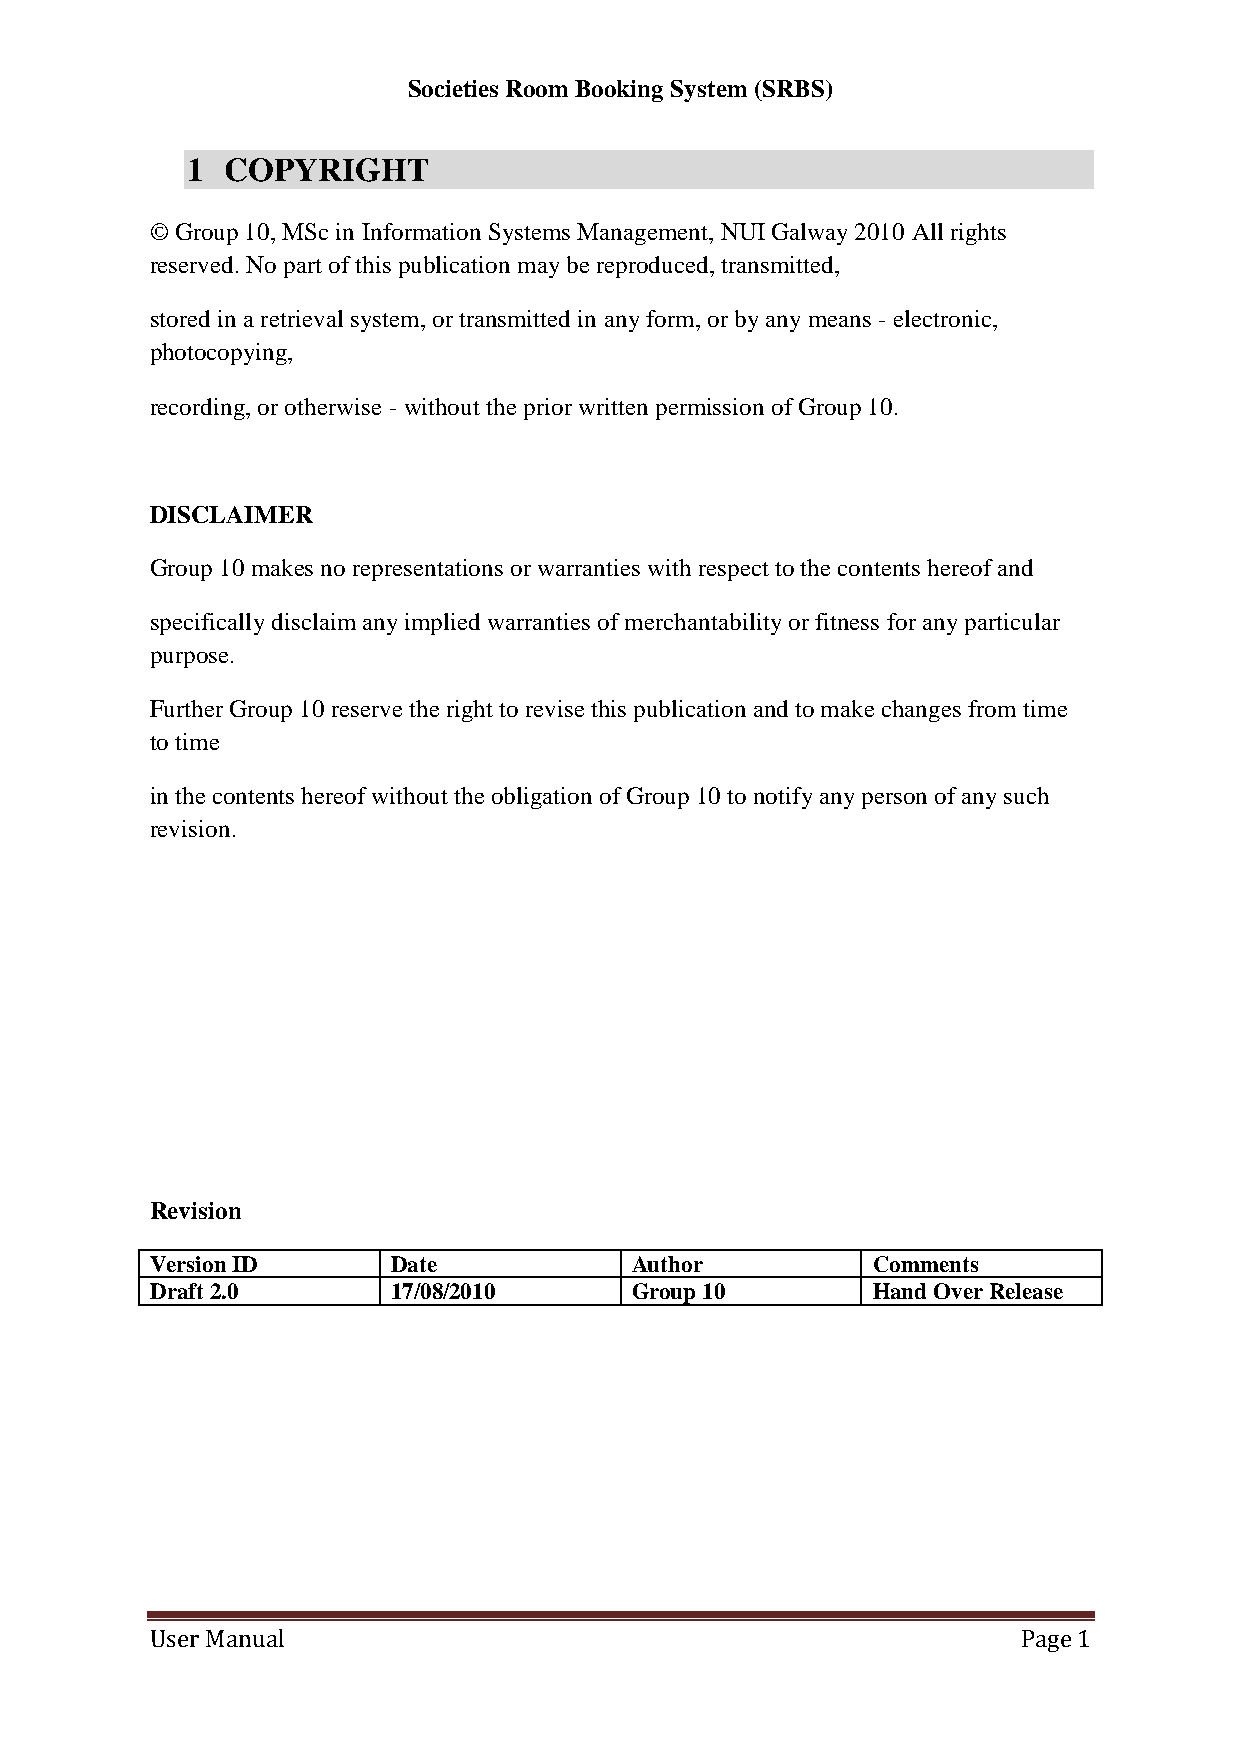
Societies Room Booking System (SRBS)
 1  COPYRIGHT
 © Group 10, MSc in Information Systems Management, NUI Galway 2010 All rights
 reserved. No part of this publication may be reproduced, transmitted,
 stored in a retrieval system, or transmitted in any form, or by any means - electronic,
 photocopying,
 recording, or otherwise - without the prior written permission of Group 10.
 DISCLAIMER
 Group 10 makes no representations or warranties with respect to the contents hereof and
 specifically disclaim any implied warranties of merchantability or fitness for any particular
 purpose.
 Further Group 10 reserve the right to revise this publication and to make changes from time
 to time
 in the contents hereof without the obligation of Group 10 to notify any person of any such
 revision.
 Revision
 Version ID      Date            Author          Comments
 Draft 2.0       17/08/2010      Group 10        Hand Over Release
 User Manual                                               Page 1